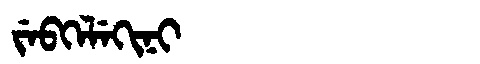
Manchu: ᠵᡝᠪᡴᡝᠯᡝᡴᡳᠨᡳ
Romanization: JEBKELEKINI